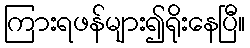
ကြားရဖန်များ၍ရိုးနေပြီ။